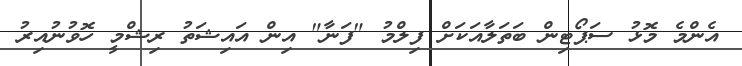
އެންމެ މޮޅު ސަޕޯޓިން ބަތަލާއަކަށް ފިލްމު "ފަނާ" އިން އައިޝަތު ރިޝްމީ ހޮވުނުއިރު